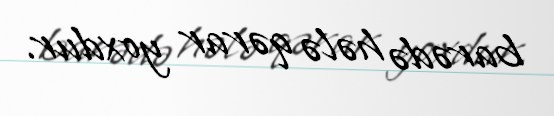
barədə hələ qərar yoxdur.